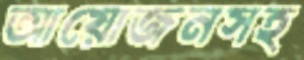
আয়োজনসহ